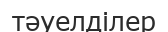
тәуелділер